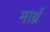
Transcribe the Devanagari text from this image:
मार्थ्र